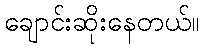
ချောင်းဆိုးနေတယ်။